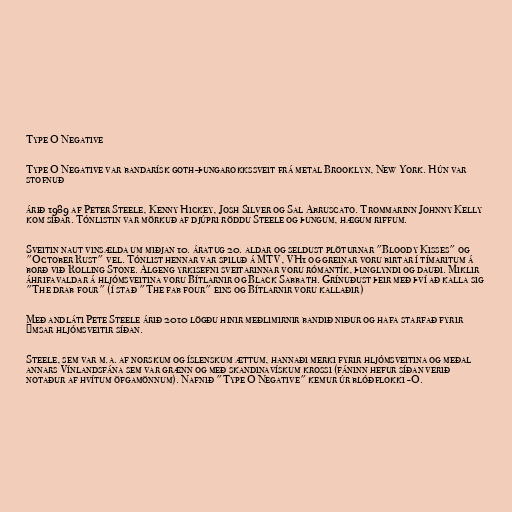
Type O Negative

Type O Negative var bandarísk goth-þungarokkssveit frá metal Brooklyn, New York. Hún var
stofnuð

árið 1989 af Peter Steele, Kenny Hickey, Josh Silver og Sal Abruscato. Trommarinn Johnny Kelly
kom síðar. Tónlistin var mörkuð af djúpri röddu Steele og þungum, hægum riffum.

Sveitin naut vinsælda um miðjan 10. áratug 20. aldar og seldust plöturnar "Bloody Kisses" og
"October Rust" vel. Tónlist hennar var spiluð á MTV, VH1 og greinar voru birtar í tímaritum á
borð við Rolling Stone. Algeng yrkisefni sveitarinnar voru rómantík, þunglyndi og dauði. Miklir
áhrifavaldar á hljómsveitina voru Bítlarnir og Black Sabbath. Grínuðust þeir með því að kalla sig
"The drab four" (í stað "The fab four" eins og Bítlarnir voru kallaðir)

Með andláti Pete Steele árið 2010 lögðu hinir meðlimirnir bandið niður og hafa starfað fyrir
ýmsar hljómsveitir síðan.

Steele, sem var m.a. af norskum og íslenskum ættum, hannaði merki fyrir hljómsveitina og meðal
annars Vínlandsfána sem var grænn og með skandinavískum krossi (fáninn hefur síðan verið
notaður af hvítum öfgamönnum). Nafnið "Type O Negative" kemur úr blóðflokki -O.